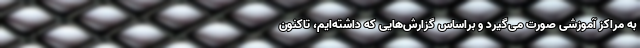
به مراکز آموزشی صورت می‌گیرد و براساس گزارش‌هایی که داشته‌ایم، تاکنون